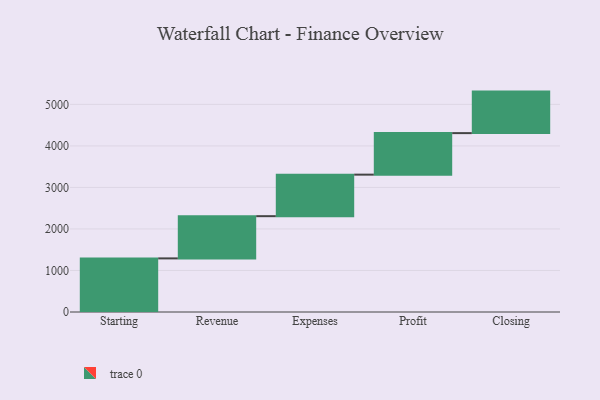
{"axis": {"x": "Step", "y": "Value"}, "legend": [""], "data": [{"x": "Starting", "y": 1291.0, "type": ""}, {"x": "Revenue", "y": 1017.0, "type": ""}, {"x": "Expenses", "y": 1000, "type": ""}, {"x": "Profit", "y": 1000, "type": ""}, {"x": "Closing", "y": 1000, "type": ""}]}